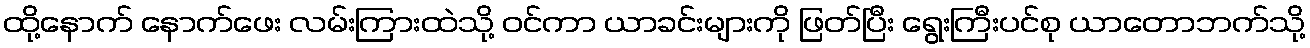
ထို့နောက် နောက်ဖေး လမ်းကြားထဲသို့ ဝင်ကာ ယာခင်းများကို ဖြတ်ပြီး ရွေးကြီးပင်စု ယာတောဘက်သို့